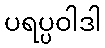
ပရပ္ပဝါဒါ